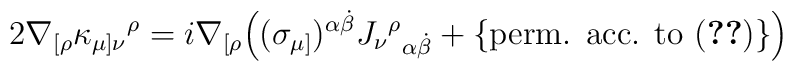
2\nabla_{[\rho} \kappa_{\mu]\nu}{}^{\rho} = i\nabla_{[\rho} \Big((\sigma_{\mu]})^{\alpha\dot\beta} J_\nu{}^\rho{}_{\alpha\dot\beta} + \{\mbox{perm. acc. to (\ref{eq:kappa_def})}\} \Big)